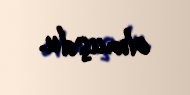
olmuşdu.